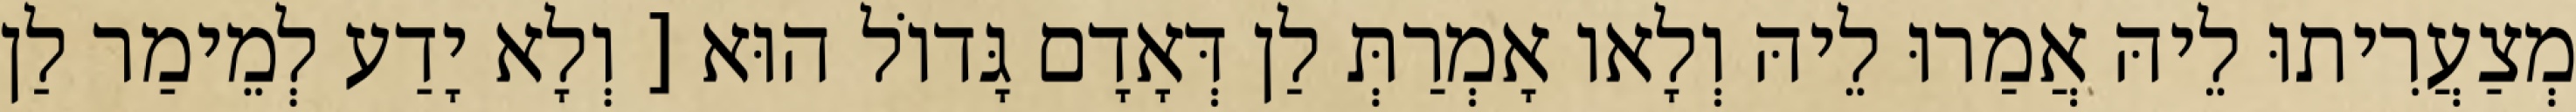
מְצַעֲרִיתוּ לֵיהּ אֲמַרוּ לֵיהּ וְלָאו אָמְרַתְּ לַן דְּאָדָם גָּדוֹל הוּא [ וְלָא יָדַע לְמֵימַר לַן